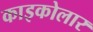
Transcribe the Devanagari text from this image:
काइकोलार